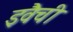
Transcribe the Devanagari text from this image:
इवैची